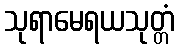
သုရာမေရယသုတ္တံ